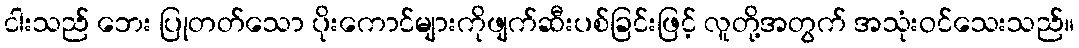
ငါးသည် ဘေး ပြုတတ်သော ပိုးကောင်များကိုဖျက်ဆီးပစ်ခြင်းဖြင့် လူတို့အတွက် အသုံးဝင်သေးသည်။